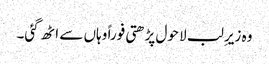
وہ زیرِ لب لا حول پڑھتی فوراً وہاں سے اٹھ گئی۔